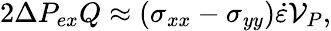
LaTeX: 2\Delta P_{ex}Q\approx(\sigma_{xx}-\sigma_{yy})\dot{\varepsilon}\mathcal{V}_{P},